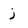
Character: j